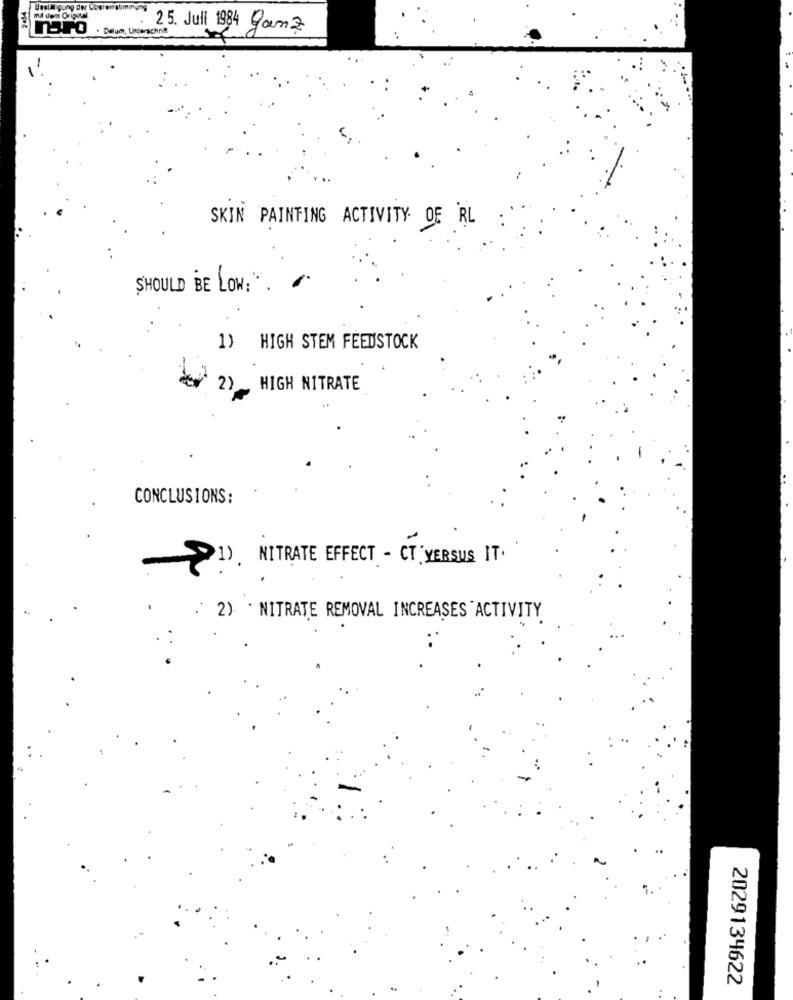
Bestil gung der Logrematin
25. Juli 1984 Ganz
SKIN PAINTING ACTIVITY OF RL
SHOULD BE LOW!".
1) HIGH STEM FEEDSTOCK
2)
HIGH NITRATE
CONCLUSIONS:
1NITRATE EFFECT - CT VERSUS IT.
. 2) . NITRATE REMOVAL INCREASES ACTIVITY
2029134622